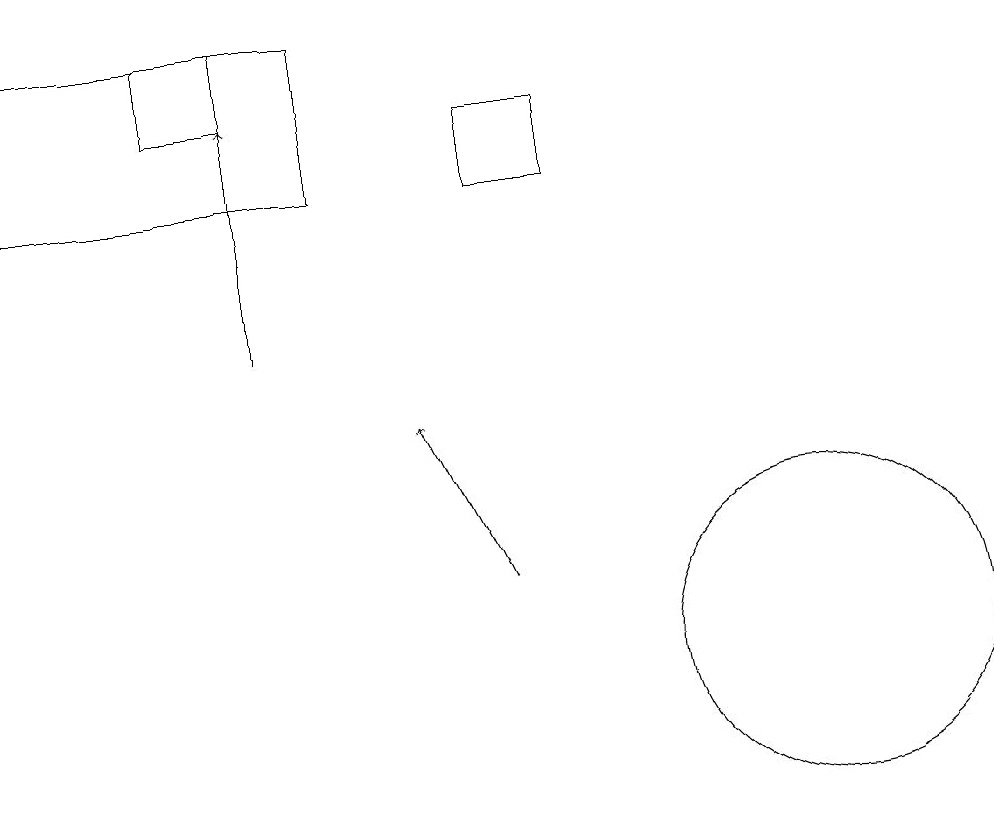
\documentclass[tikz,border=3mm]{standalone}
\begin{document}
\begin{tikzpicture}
\draw (8,16) rectangle (7,17);
\draw (11,10) circle (2);
\draw (4,17) rectangle (3,18);
\draw[->] (7,11) -- (6,13);
\draw (1,16) rectangle (5,18);
\draw[->] (4,14) -- (4,17);
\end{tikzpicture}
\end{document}